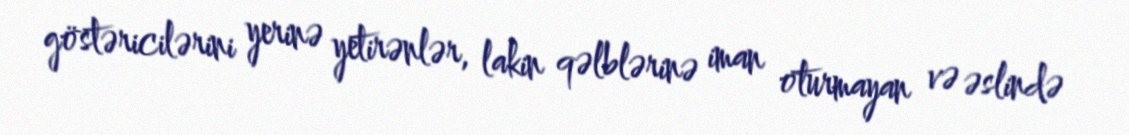
göstəricilərini yerinə yetirənlər, lakin qəlblərinə iman oturmayan və əslində